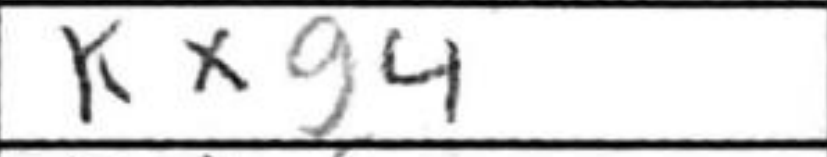
Transcription: Kxg4